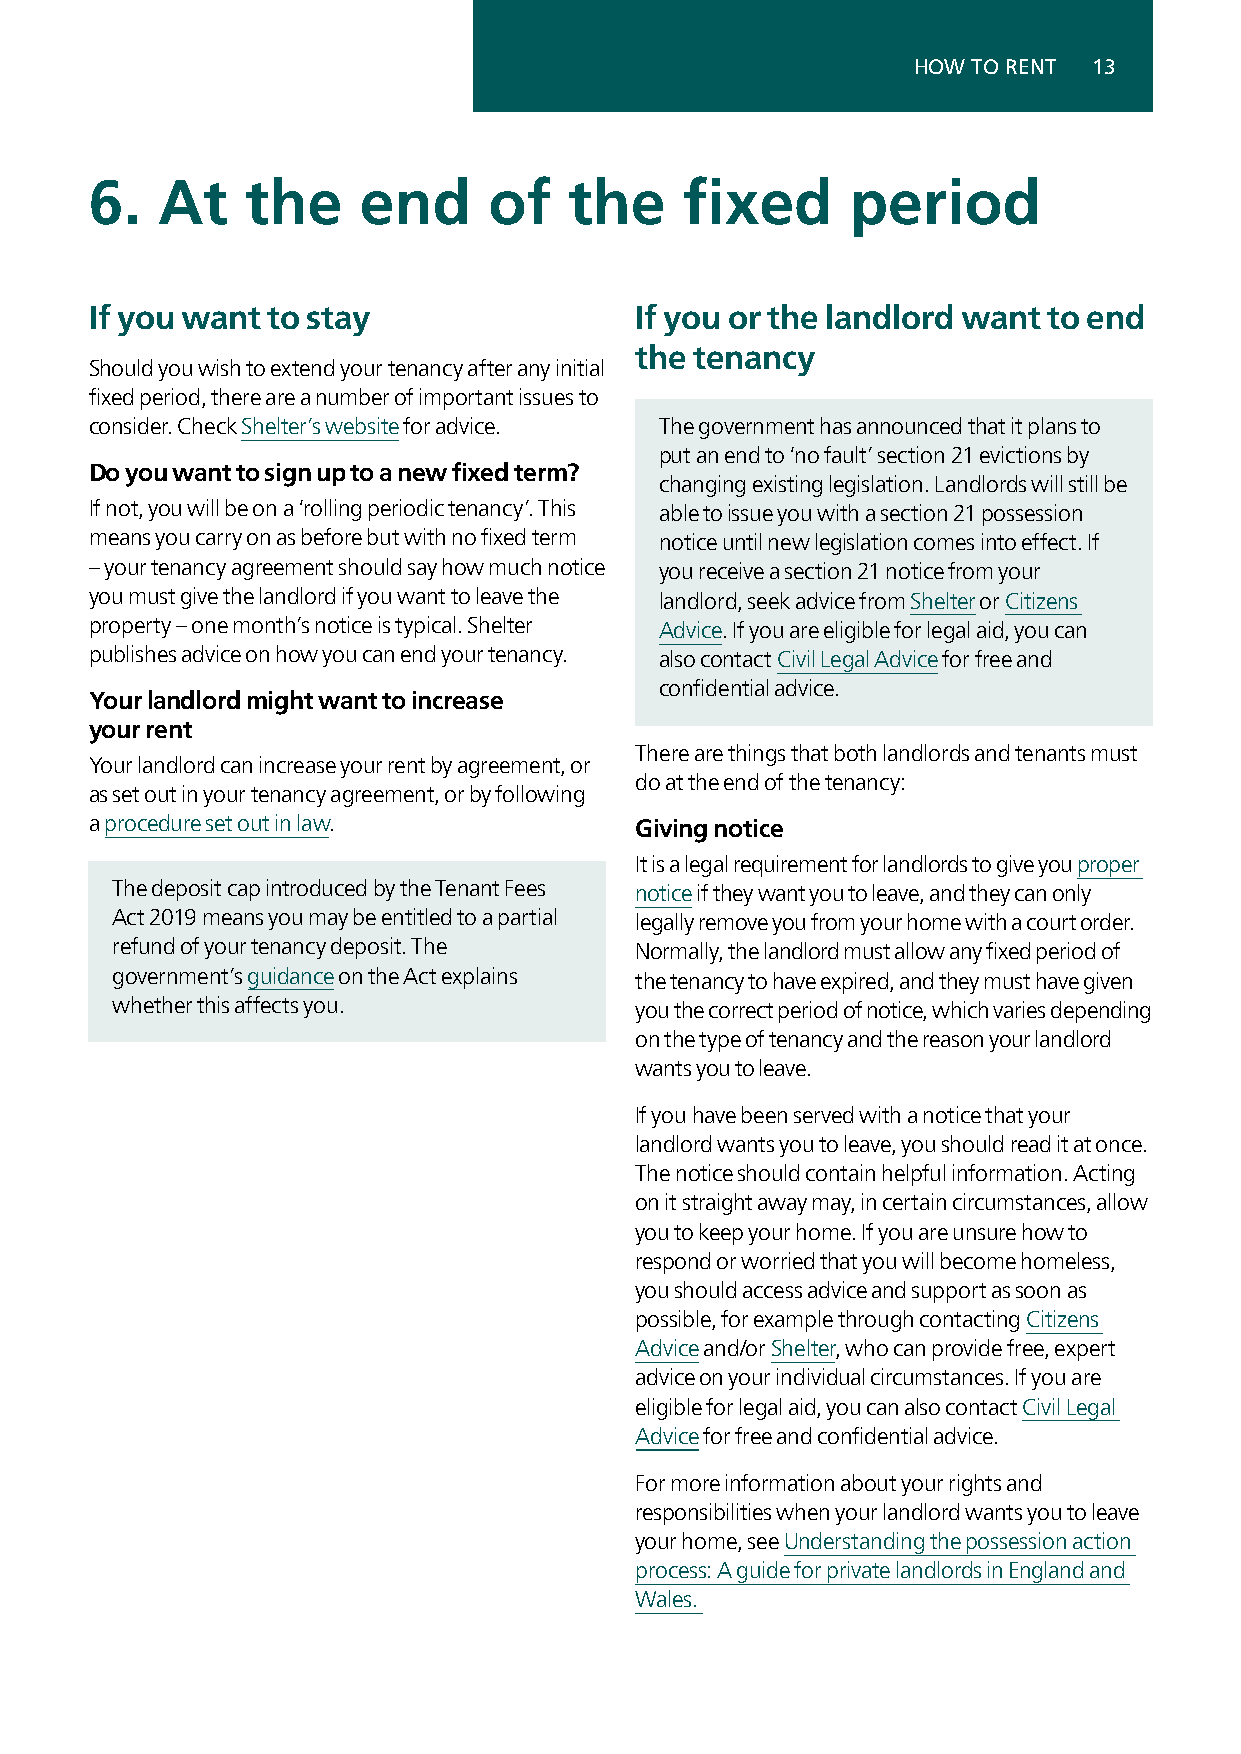
HOW TO RENT 13
 6.  At    the     end     of    the    fixed      period
 If you want to stay                 If you or the landlord want to end
 the tenancy
 Should you wish to extend your tenancy after any initial
 fixed period, there are a number of important issues to
 consider. Check Shelter’s website for advice. The government has announced that it plans to
 put an end to ‘no fault’ section 21 evictions by
 Do you want to sign up to a new fixed term?
 changing existing legislation. Landlords will still be
 If not, you will be on a ‘rolling periodic tenancy’. This able to issue you with a section 21 possession
 means you carry on as before but with no fixed term notice until new legislation comes into effect. If
 – your tenancy agreement should say how much notice you receive a section 21 notice from your
 you must give the landlord if you want to leave the landlord, seek advice from Shelter or Citizens
 property – one month’s notice is typical. Shelter Advice. If you are eligible for legal aid, you can
 publishes advice on how you can end your tenancy. also contact Civil Legal Advice for free and
 confidential advice.
 Your landlord might want to increase
 your rent
 There are things that both landlords and tenants must
 Your landlord can increase your rent by agreement, or
 do at the end of the tenancy:
 as set out in your tenancy agreement, or by following
 a procedure set out in law.         Giving notice
 It is a legal requirement for landlords to give you proper
 The deposit cap introduced by the Tenant Fees notice if they want you to leave, and they can only
 Act 2019 means you may be entitled to a partial legally remove you from your home with a court order.
 refund of your tenancy deposit. The Normally, the landlord must allow any fixed period of
 government’s guidance on the Act explains the tenancy to have expired, and they must have given
 whether this affects you.          you the correct period of notice, which varies depending
 on the type of tenancy and the reason your landlord
 wants you to leave.
 If you have been served with a notice that your
 landlord wants you to leave, you should read it at once.
 The notice should contain helpful information. Acting
 on it straight away may, in certain circumstances, allow
 you to keep your home. If you are unsure how to
 respond or worried that you will become homeless,
 you should access advice and support as soon as
 possible, for example through contacting Citizens
 Advice and/or Shelter, who can provide free, expert
 advice on your individual circumstances. If you are
 eligible for legal aid, you can also contact Civil Legal
 Advice for free and confidential advice.
 For more information about your rights and
 responsibilities when your landlord wants you to leave
 your home, see Understanding the possession action
 process: A guide for private landlords in England and
 Wales.